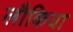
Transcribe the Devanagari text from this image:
लौकिया